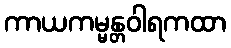
ကာယကမ္မန္တဝါရကထာ